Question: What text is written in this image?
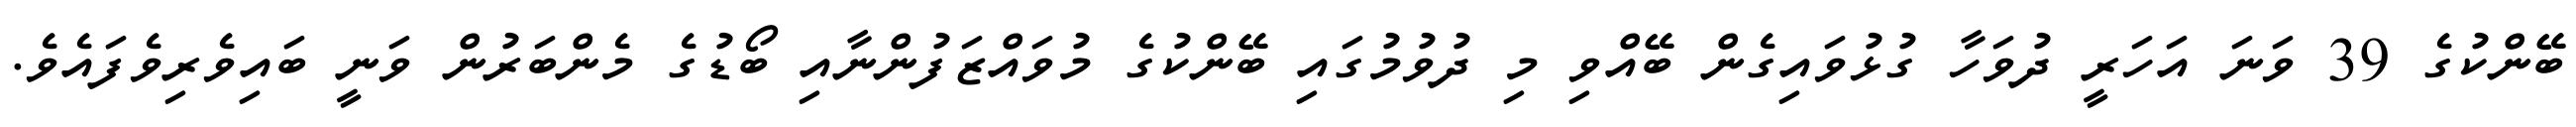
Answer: ބޭންކުގެ 39 ވަނަ އަހަރީ ދުވަހާ ގުޅުވައިގެން ބޭއްވި މި ދުވުމުގައި ބޭންކުގެ މުވައްޒަފުންނާއި ބޯޑުގެ މެންބަރުން ވަނީ ބައިވެރިވެފައެވެ.